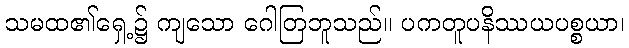
သမထ၏ရှေ့၌ ကျသော ဂေါတြဘူသည်။ ပကတူပနိဿယပစ္စယာ၊